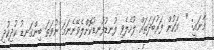
މާނައީ: "  އަކުން ފަރުބަދަތައް ލުހެލެވި ފުނޑުފުނޑުކޮށްލެވޭނެނަމަ ނުވަތަ ބިންގަނޑު ކުދިކުދި